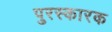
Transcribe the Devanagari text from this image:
पुरस्कारक